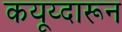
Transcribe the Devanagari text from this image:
कयूय्दारून